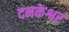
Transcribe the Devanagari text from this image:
दनकेश्वर